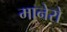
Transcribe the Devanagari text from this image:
मानेरो